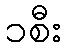
၁စီး